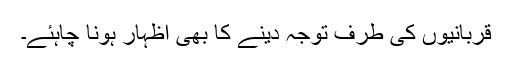
قربانیوں کی طرف توجہ دینے کا بھی اظہار ہونا چاہئے۔